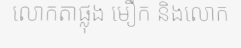
លោកតាផ្លុង មឿក និងលោក